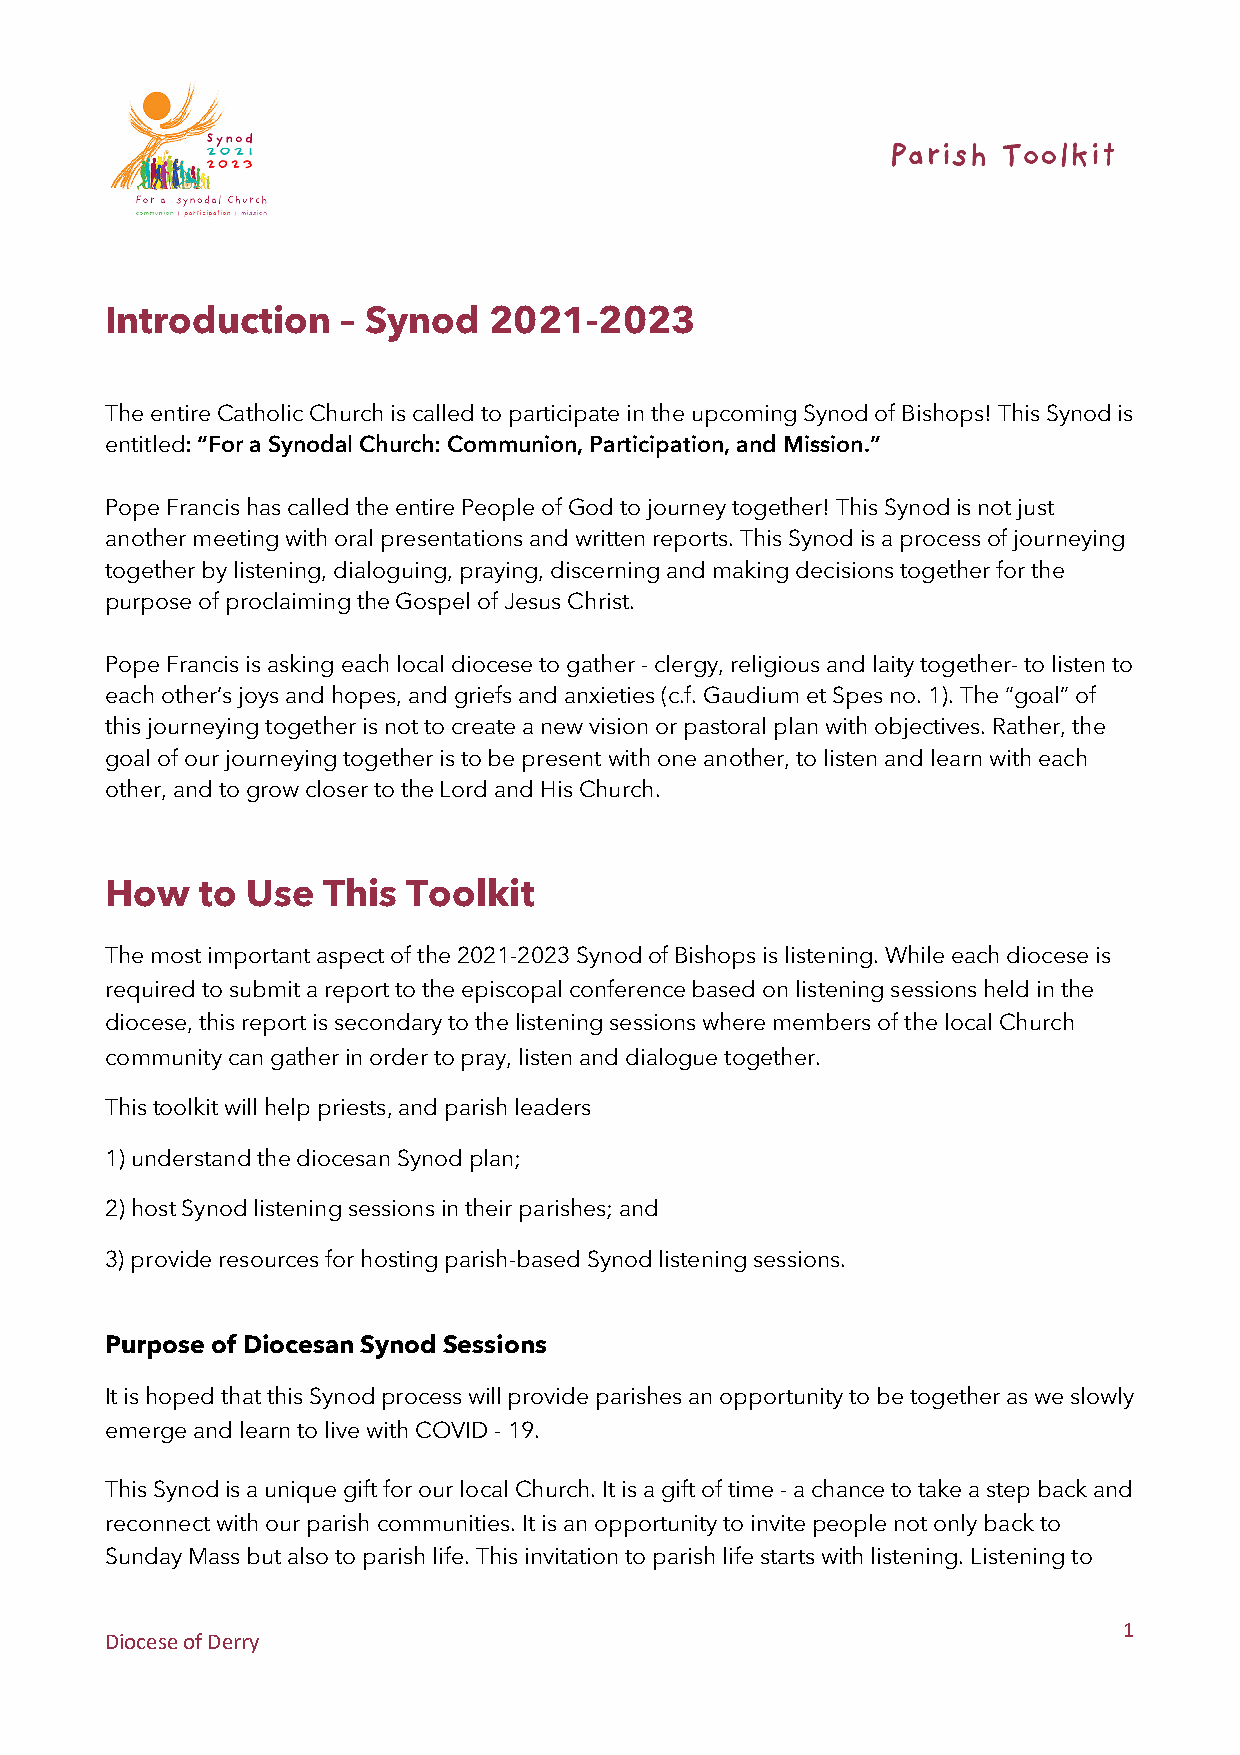
Introduction    – Synod  2021-2023
 The entire Catholic Church is called to participate in the upcoming Synod of Bishops! This Synod is
 entitled: “For a Synodal Church: Communion, Participation, and Mission.”
 Pope Francis has called the entire People of God to journey together! This Synod is not just
 another meeting with oral presentations and written reports. This Synod is a process of journeying
 together by listening, dialoguing, praying, discerning and making decisions together for the
 purpose of proclaiming the Gospel of Jesus Christ.
 Pope Francis is asking each local diocese to gather - clergy, religious and laity together- to listen to
 each other’s joys and hopes, and griefs and anxieties (c.f. Gaudium et Spes no. 1). The “goal” of
 this journeying together is not to create a new vision or pastoral plan with objectives. Rather, the
 goal of our journeying together is to be present with one another, to listen and learn with each
 other, and to grow closer to the Lord and His Church.
 How   to Use  This  Toolkit
 The most important aspect of the 2021-2023 Synod of Bishops is listening. While each diocese is
 required to submit a report to the episcopal conference based on listening sessions held in the
 diocese, this report is secondary to the listening sessions where members of the local Church
 community can gather in order to pray, listen and dialogue together.
 This toolkit will help priests, and parish leaders
 1) understand the diocesan Synod plan;
 2) host Synod listening sessions in their parishes; and
 3) provide resources for hosting parish-based Synod listening sessions.
 Purpose of Diocesan Synod Sessions
 It is hoped that this Synod process will provide parishes an opportunity to be together as we slowly
 emerge and learn to live with COVID - 19.
 This Synod is a unique gift for our local Church. It is a gift of time - a chance to take a step back and
 reconnect with our parish communities. It is an opportunity to invite people not only back to
 Sunday Mass but also to parish life. This invitation to parish life starts with listening. Listening to
 1
 Diocese of Derry